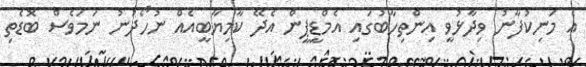
އެ މަނިކުފާނު ވިދާޅުވީ އިންތިހާބުގައި އެމްޑީޕީން އެދޭ ކާމިޔާބީއެއް ނުހޯދުނު ނަމަވެސް ބޮޑެތި